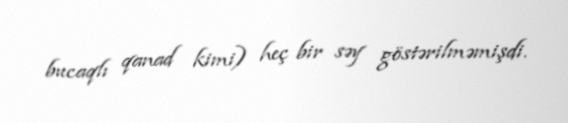
bucaqlı qanad kimi) heç bir səy göstərilməmişdi.